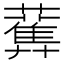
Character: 𧂴